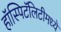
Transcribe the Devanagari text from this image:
हॉस्पिटॅलिटीमध्ये